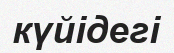
күйідегі